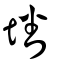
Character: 墦